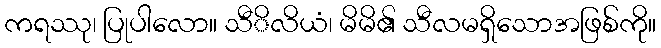
ကရဿု၊ ပြုပါလော။ သီိလိယံ၊ မိမိ၏ သီလမရှိသောအဖြစ်ကို။